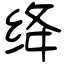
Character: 绛